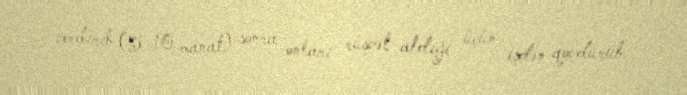
verdirib (5-10 manat) sonra onları rüşvət aldıği üçün işdən qovdurub.